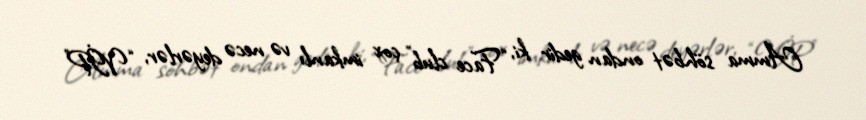
Amma söhbət ondan gedir ki, “Face club” çox imkanlı və necə deyərlər, “VİP”